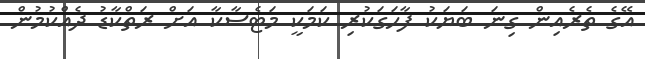
އޭގެ ތެރެއިން ގިނަ ބަޔަކު ފާހަގަކުރި ކަމަކީ މަޓެސާކާ އަށް ރަތްކާޑު ދެއްކުމުން